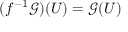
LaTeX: ( f ^ { - 1 } { \mathcal { G } } ) ( U ) = { \mathcal { G } } ( U )